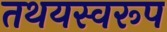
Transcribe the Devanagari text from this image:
तथयस्वरूप